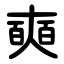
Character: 奭